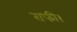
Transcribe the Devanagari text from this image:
राफी।